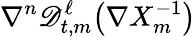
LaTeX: \nabla^{n}\mathscr{D}_{t,m}^{\ell}\bigl(\nabla X_{m}^{-1}\bigr)